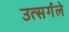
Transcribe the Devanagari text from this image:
उत्सर्गले